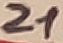
Text: 21